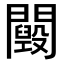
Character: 𨷕